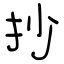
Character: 抄